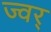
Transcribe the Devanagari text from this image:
ज्वर्